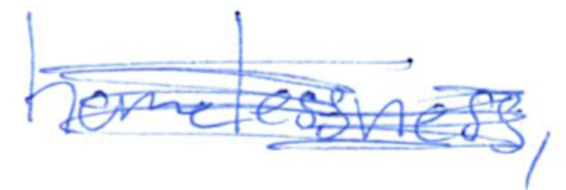
Text: homelessness,
Cross-out: scratch
Writing tool: ballpoint